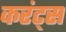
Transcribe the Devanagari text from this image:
करंट्स